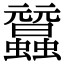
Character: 𧕜